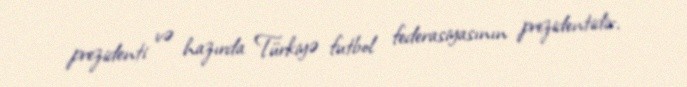
prezidenti və hazırda Türkiyə futbol federasiyasının prezidentidir.